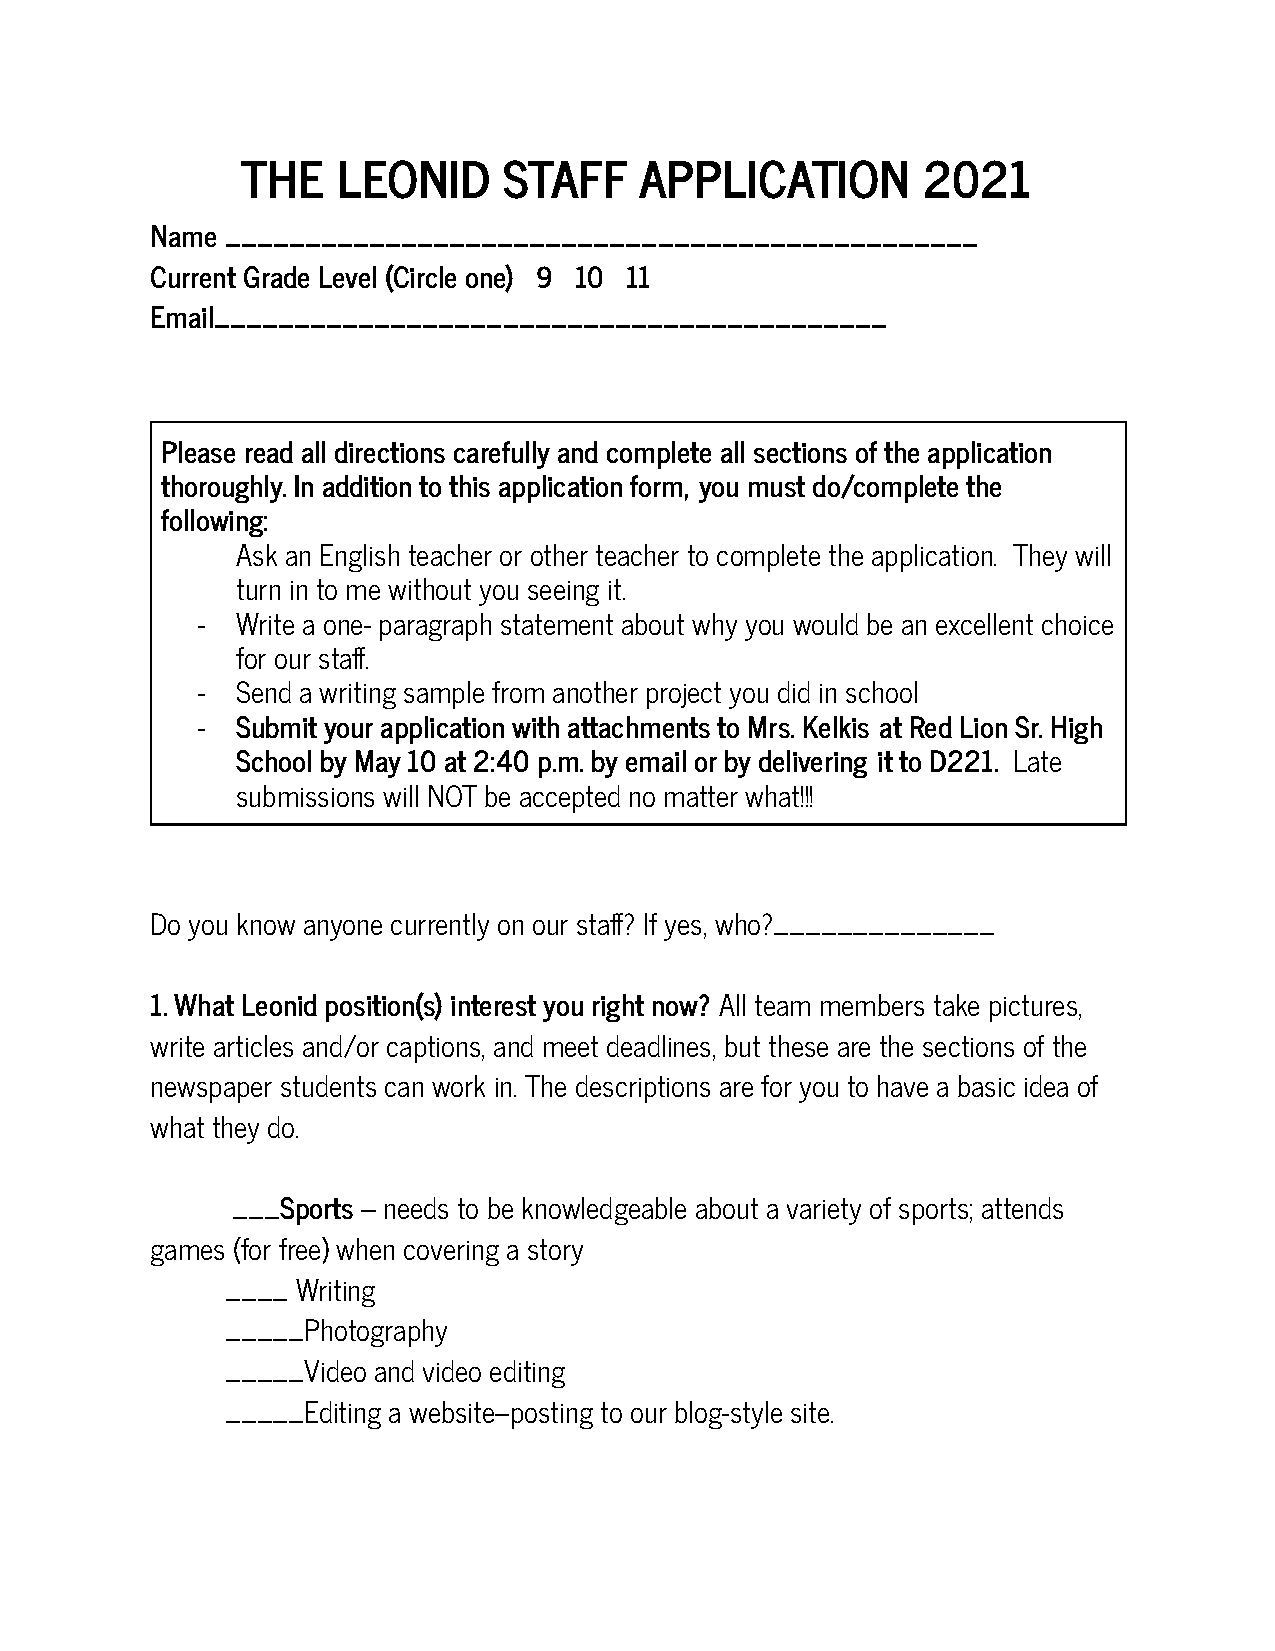
THE   LEONID     STAFF    APPLICATION        2021
 Name _______________________________________________
 Current Grade Level (Circle one) 9 10 11
 Email__________________________________________
 Please read all directions carefully and complete all sections of the application
 thoroughly. In addition to this application form, you must do/complete the
 following:
 Ask an English teacher or other teacher to complete the application. They will
 turn in to me without you seeing it.
 -  Write a one- paragraph statement about why you would be an excellent choice
 for our staff.
 -  Send a writing sample from another project you did in school
 -  Submit your application with attachments to Mrs. Kelkis at Red Lion Sr. High
 School by May 10 at 2:40 p.m. by email or by delivering it to D221. Late
 submissions will NOT be accepted no matter what!!!
 Do you know anyone currently on our staff? If yes, who?______________
 1. What Leonid position(s) interest you right now? All team members take pictures,
 write articles and/or captions, and meet deadlines, but these are the sections of the
 newspaper students can work in. The descriptions are for you to have a basic idea of
 what they do.
 ___Sports – needs to be knowledgeable about a variety of sports; attends
 games (for free) when covering a story
 ____ Writing
 _____Photography
 _____Video and video editing
 _____Editing a website--posting to our blog-style site.